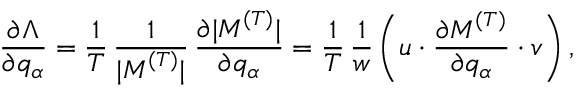
\frac { \partial \Lambda } { \partial q _ { \alpha } } = \frac { 1 } { T } \, \frac { 1 } { | \boldsymbol { M } ^ { ( T ) } | } \, \frac { \partial | \boldsymbol { M } ^ { ( T ) } | } { \partial q _ { \alpha } } = \frac { 1 } { T } \, \frac { 1 } { w } \, \bigg ( \boldsymbol { u } \cdot \frac { \partial \boldsymbol { M } ^ { ( T ) } } { \partial q _ { \alpha } } \cdot \boldsymbol { v } \bigg ) \, ,